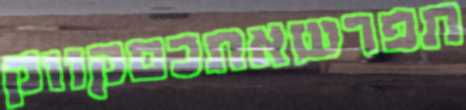
תפרשאתכםקווק